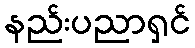
နည်းပညာရှင်